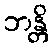
ဘန္တိ